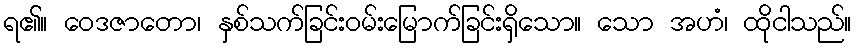
ရ၏။ ဝေဒဇာတော၊ နှစ်သက်ခြင်းဝမ်းမြောက်ခြင်းရှိသော။ သော အဟံ၊ ထိုငါသည်။